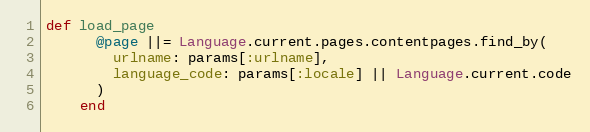
Language: Ruby
def load_page
      @page ||= Language.current.pages.contentpages.find_by(
        urlname: params[:urlname],
        language_code: params[:locale] || Language.current.code
      )
    end